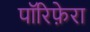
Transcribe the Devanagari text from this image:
पॉरिफ़ेरा